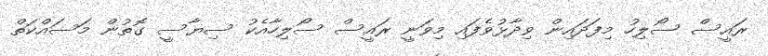
ރައީސް ސޯލިހު މިފަދައިން ވިދާޅުވެފައި މިވަނީ ރައީސް ސޯލިހާއެކު ސިޔާސީ ގޮތުން މަސައްކަތް